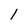
Character: l